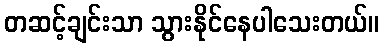
တဆင့်ချင်းသာ သွားနိုင်နေပါသေးတယ်။